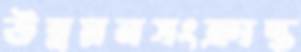
উন্নয়নসংক্রান্ত